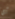
أي